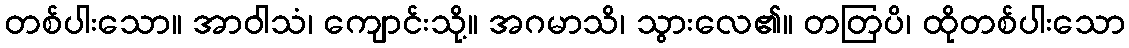
တစ်ပါးသော။ အာဝါသံ၊ ကျောင်းသို့။ အဂမာသိ၊ သွားလေ၏။ တတြပိ၊ ထိုတစ်ပါးသော